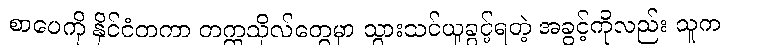
စာပေကို နိုင်ငံတကာ တက္ကသိုလ်တွေမှာ သွားသင်ယူခွင့်ရတဲ့ အခွင့်ကိုလည်း သူက